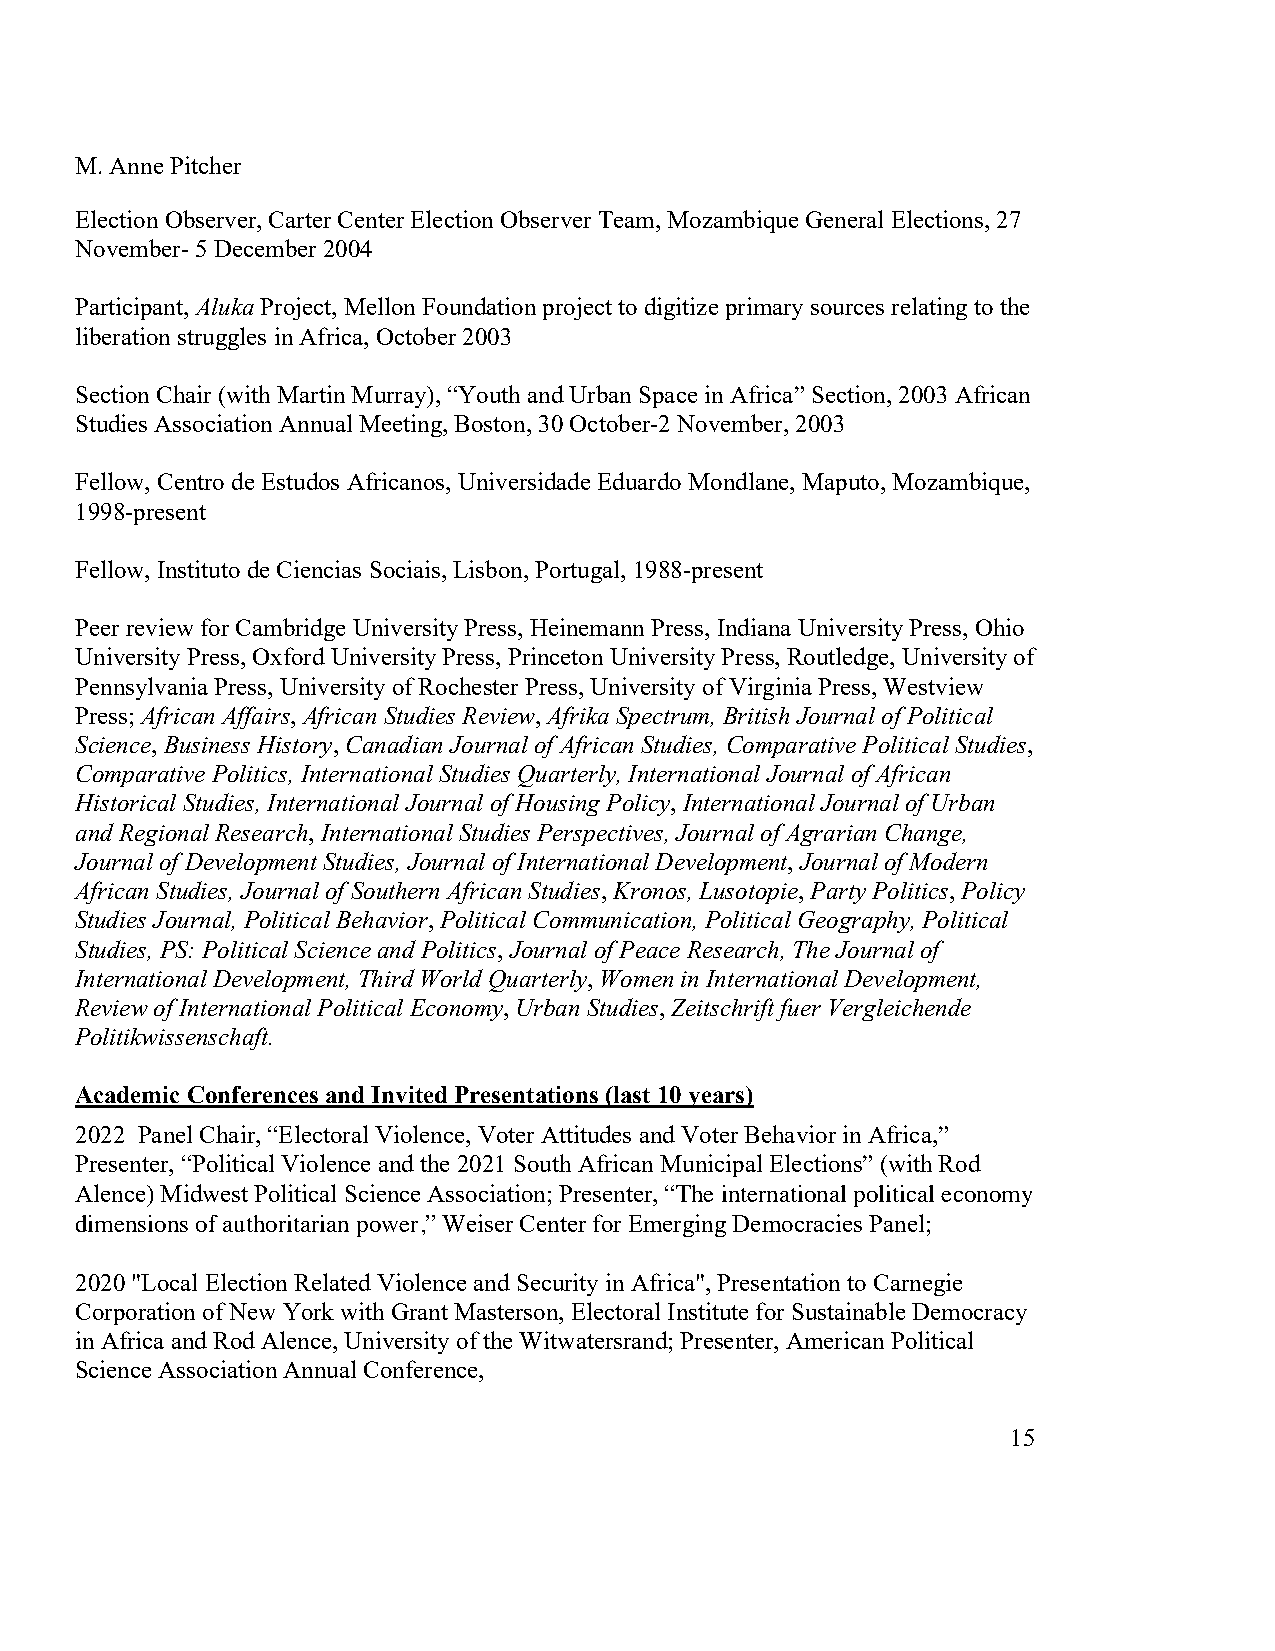
M. Anne Pitcher
 Election Observer, Carter Center Election Observer Team, Mozambique General Elections, 27
 November- 5 December 2004
 Participant, Aluka Project, Mellon Foundation project to digitize primary sources relating to the
 liberation struggles in Africa, October 2003
 Section Chair (with Martin Murray), “Youth and Urban Space in Africa” Section, 2003 African
 Studies Association Annual Meeting, Boston, 30 October-2 November, 2003
 Fellow, Centro de Estudos Africanos, Universidade Eduardo Mondlane, Maputo, Mozambique,
 1998-present
 Fellow, Instituto de Ciencias Sociais, Lisbon, Portugal, 1988-present
 Peer review for Cambridge University Press, Heinemann Press, Indiana University Press, Ohio
 University Press, Oxford University Press, Princeton University Press, Routledge, University of
 Pennsylvania Press, University of Rochester Press, University of Virginia Press, Westview
 Press; African Affairs, African Studies Review, Afrika Spectrum, British Journal of Political
 Science, Business History, Canadian Journal of African Studies, Comparative Political Studies,
 Comparative Politics, International Studies Quarterly, International Journal of African
 Historical Studies, International Journal of Housing Policy, International Journal of Urban
 and Regional Research, International Studies Perspectives, Journal of Agrarian Change,
 Journal of Development Studies, Journal of International Development, Journal of Modern
 African Studies, Journal of Southern African Studies, Kronos, Lusotopie, Party Politics, Policy
 Studies Journal, Political Behavior, Political Communication, Political Geography, Political
 Studies, PS: Political Science and Politics, Journal of Peace Research, The Journal of
 International Development, Third World Quarterly, Women in International Development,
 Review of International Political Economy, Urban Studies, Zeitschrift fuer Vergleichende
 Politikwissenschaft.
 Academic Conferences and Invited Presentations (last 10 years)
 2022 Panel Chair, “Electoral Violence, Voter Attitudes and Voter Behavior in Africa,”
 Presenter, “Political Violence and the 2021 South African Municipal Elections” (with Rod
 Alence) Midwest Political Science Association; Presenter, “The international political economy
 dimensions of authoritarian power,” Weiser Center for Emerging Democracies Panel;
 2020 "Local Election Related Violence and Security in Africa", Presentation to Carnegie
 Corporation of New York with Grant Masterson, Electoral Institute for Sustainable Democracy
 in Africa and Rod Alence, University of the Witwatersrand; Presenter, American Political
 Science Association Annual Conference,
 15